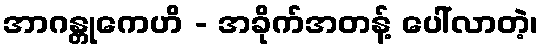
အာဂန္တုကေဟိ - အခိုက်အတန့် ပေါ်လာတဲ့၊